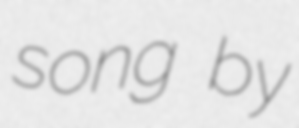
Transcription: song by